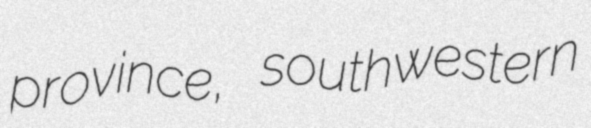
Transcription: province, southwestern